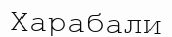
Харабали